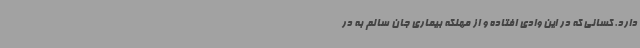
دارد. کسانی که در این وادی افتاده و از مهلکه بیماری جان سالم به در